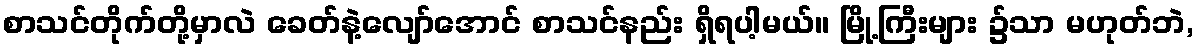
စာသင်တိုက်တို့မှာလဲ ခေတ်နဲ့လျော်အောင် စာသင်နည်း ရှိရပါ့မယ်။ မြို့ကြီးများ ၌သာ မဟုတ်ဘဲ,